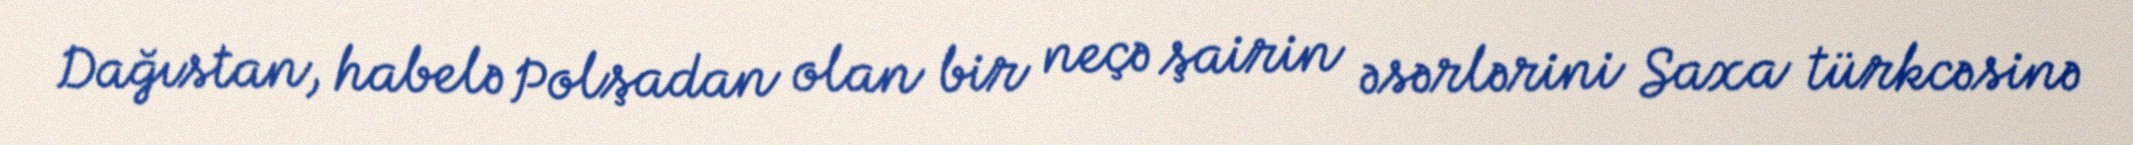
Dağıstan, habelə Polşadan olan bir neçə şairin əsərlərini Saxa türkcəsinə